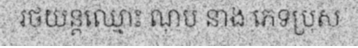
រថយន្តឈ្មោះ ណុប នាង ភេទប្រុស